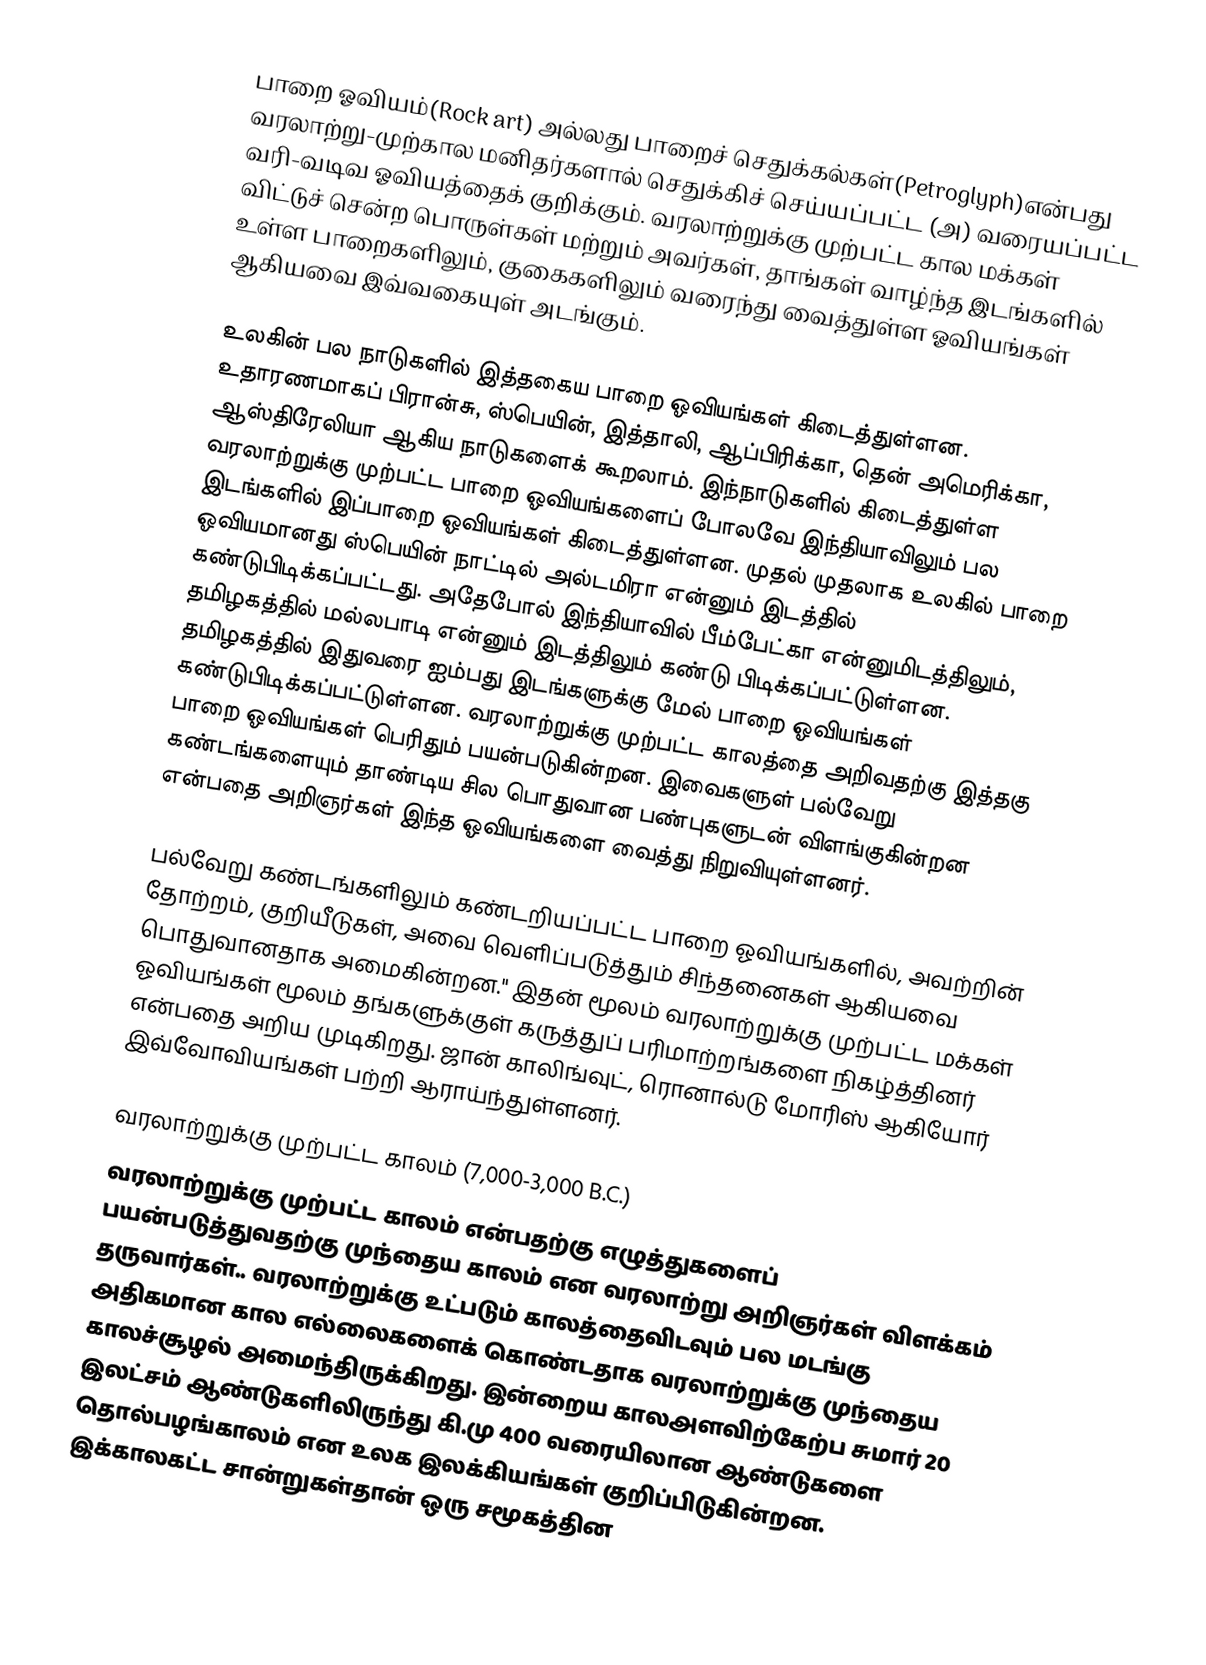
பாறை ஓவியம்(Rock art) அல்லது  பாறைச் செதுக்கல்கள்(Petroglyph)என்பது வரலாற்று-முற்கால மனிதர்களால் செதுக்கிச் செய்யப்பட்ட (அ) வரையப்பட்ட வரி-வடிவ ஓவியத்தைக் குறிக்கும். வரலாற்றுக்கு முற்பட்ட கால மக்கள் விட்டுச் சென்ற பொருள்கள் மற்றும் அவர்கள், தாங்கள் வாழ்ந்த இடங்களில் உள்ள பாறைகளிலும், குகைகளிலும் வரைந்து வைத்துள்ள ஓவியங்கள் ஆகியவை இவ்வகையுள் அடங்கும்.

உலகின் பல நாடுகளில் இத்தகைய பாறை ஓவியங்கள் கிடைத்துள்ளன. உதாரணமாகப் பிரான்சு, ஸ்பெயின், இத்தாலி, ஆப்பிரிக்கா, தென் அமெரிக்கா, ஆஸ்திரேலியா ஆகிய நாடுகளைக் கூறலாம். இந்நாடுகளில் கிடைத்துள்ள வரலாற்றுக்கு முற்பட்ட பாறை ஓவியங்களைப் போலவே இந்தியாவிலும் பல இடங்களில் இப்பாறை ஓவியங்கள் கிடைத்துள்ளன. முதல் முதலாக உலகில் பாறை ஓவியமானது ஸ்பெயின் நாட்டில் அல்டமிரா என்னும் இடத்தில் கண்டுபிடிக்கப்பட்டது. அதேபோல் இந்தியாவில் பீம்பேட்கா என்னுமிடத்திலும், தமிழகத்தில் மல்லபாடி என்னும் இடத்திலும் கண்டு பிடிக்கப்பட்டுள்ளன. தமிழகத்தில் இதுவரை ஐம்பது இடங்களுக்கு மேல் பாறை ஓவியங்கள் கண்டுபிடிக்கப்பட்டுள்ளன. வரலாற்றுக்கு முற்பட்ட காலத்தை அறிவதற்கு இத்தகு பாறை ஓவியங்கள் பெரிதும் பயன்படுகின்றன. இவைகளுள் பல்வேறு கண்டங்களையும் தாண்டிய சில பொதுவான பண்புகளுடன் விளங்குகின்றன என்பதை அறிஞர்கள் இந்த ஓவியங்களை வைத்து நிறுவியுள்ளனர்.

பல்வேறு கண்டங்களிலும் கண்டறியப்பட்ட பாறை ஓவியங்களில், அவற்றின் தோற்றம், குறியீடுகள், அவை வெளிப்படுத்தும் சிந்தனைகள் ஆகியவை பொதுவானதாக அமைகின்றன." இதன் மூலம் வரலாற்றுக்கு முற்பட்ட மக்கள்  ஓவியங்கள் மூலம் தங்களுக்குள் கருத்துப் பரிமாற்றங்களை நிகழ்த்தினர் என்பதை அறிய முடிகிறது.  ஜான் காலிங்வுட், ரொனால்டு மோரிஸ் ஆகியோர் இவ்வோவியங்கள் பற்றி ஆராய்ந்துள்ளனர்.

வரலாற்றுக்கு முற்பட்ட காலம் (7,000-3,000 B.C.)
வரலாற்றுக்கு முற்பட்ட காலம் என்பதற்கு எழுத்துகளைப் பயன்படுத்துவதற்கு முந்தைய காலம் என  வரலாற்று அறிஞர்கள் விளக்கம் தருவார்கள்.. வரலாற்றுக்கு உட்படும் காலத்தைவிடவும் பல மடங்கு அதிகமான கால எல்லைகளைக் கொண்டதாக வரலாற்றுக்கு முந்தைய காலச்சூழல் அமைந்திருக்கிறது. இன்றைய காலஅளவிற்கேற்ப சுமார் 20 இலட்சம் ஆண்டுகளிலிருந்து கி.மு 400 வரையிலான ஆண்டுகளை தொல்பழங்காலம் என உலக இலக்கியங்கள் குறிப்பிடுகின்றன. இக்காலகட்ட சான்றுகள்தான் ஒரு சமூகத்தின